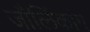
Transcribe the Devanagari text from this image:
जौलिंकांग